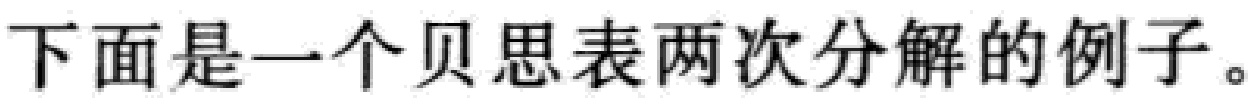
下面是一个贝思表两次分解的例子。